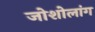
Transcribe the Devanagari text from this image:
जोशोलांग